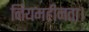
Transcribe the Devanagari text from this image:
नियमहीनता।